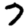
Digit: 7